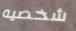
شخصيه